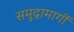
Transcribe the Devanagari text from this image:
समुद्रामार्गी